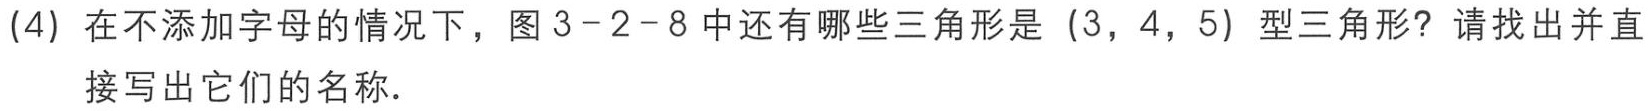
(4) 在不添加字母的情况下，图3-2-8中还有哪些三角形是（3，4，5）型三角形？请找出并直

接写出它们的名称．